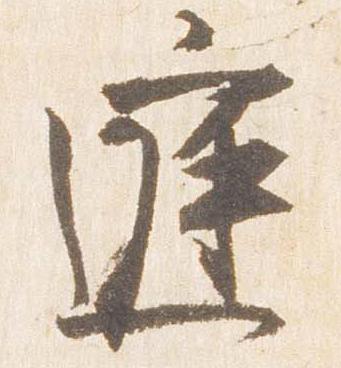
庭